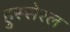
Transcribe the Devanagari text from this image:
हुस्सेरल